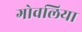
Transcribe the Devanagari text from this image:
गोवलिया